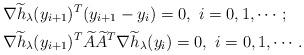
LaTeX: \begin{align*}& \nabla \widetilde{h}_\lambda(y_{i+1})^T(y_{i+1}-y_i)= 0, ~i=0, 1, \cdots; \\& \nabla \widetilde{h}_\lambda(y_{i+1})^T\widetilde{A}\widetilde{A}^T\nabla \widetilde{h}_\lambda(y_i)= 0, ~i=0, 1, \cdots. \end{align*}